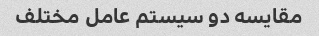
مقایسه دو سیستم عامل مختلف